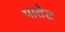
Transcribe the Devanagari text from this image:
पातेट